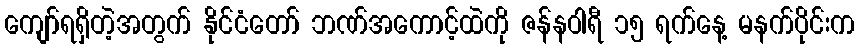
ကျော်ရရှိတဲ့အတွက် နိုင်ငံတော် ဘဏ်အကောင့်ထဲကို ဇန်နဝါရီ ၁၅ ရက်နေ့ မနက်ပိုင်းက